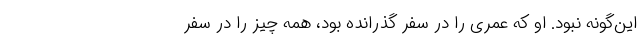
این‌گونه نبود. او که عمری را در سفر گذرانده بود، همه چیز را در سفر